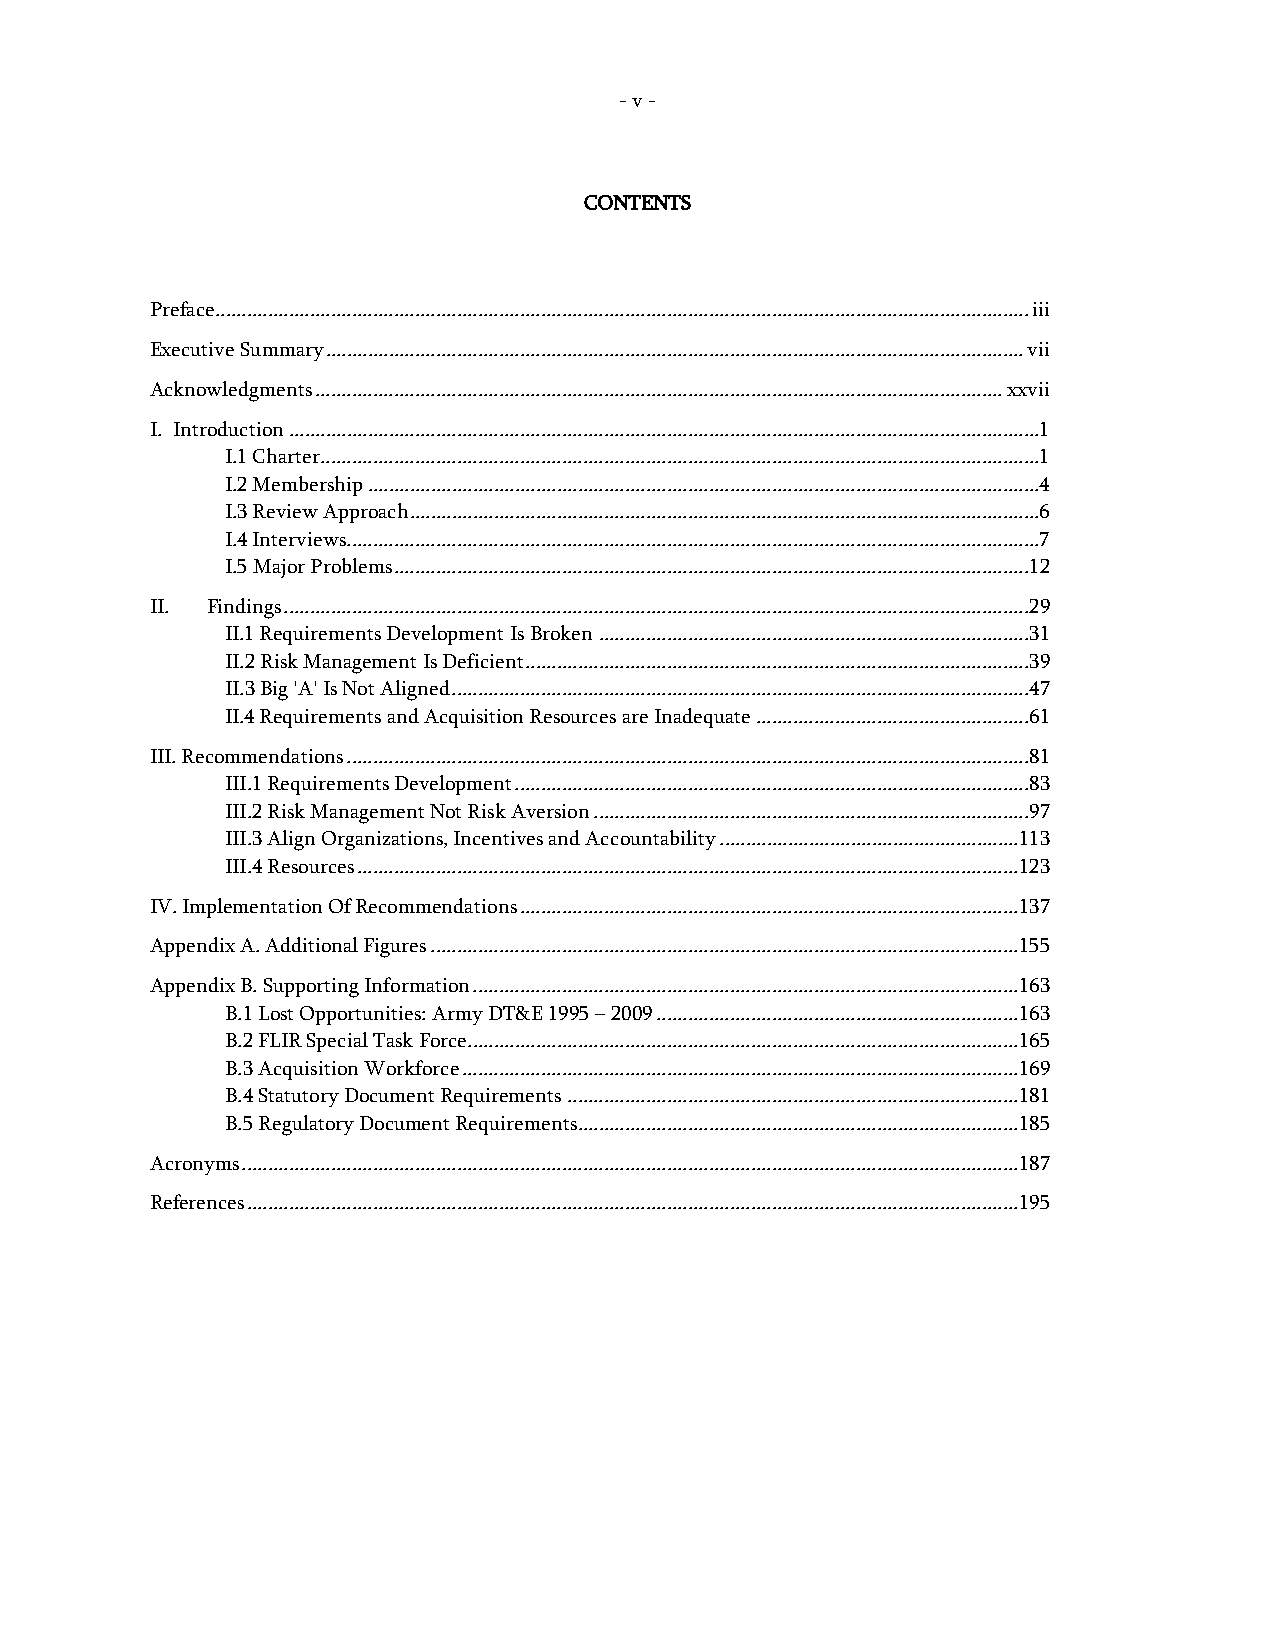
- v -
 CONTENTS
 Preface ........................................................................................................................................................... iii
 Executive Summary ..................................................................................................................................... vii
 Acknowledgments ................................................................................................................................... xxvii
 I. Introduction ...............................................................................................................................................1
 I.1 Charter.........................................................................................................................................1
 I.2 Membership ................................................................................................................................4
 I.3 Review Approach ........................................................................................................................6
 I.4 Interviews....................................................................................................................................7
 I.5 Major Problems ......................................................................................................................... 12
 II. Findings .............................................................................................................................................. 29
 II.1 Requirements Development Is Broken .................................................................................. 31
 II.2 Risk Management Is Deficient ................................................................................................ 39
 II.3 Big 'A' Is Not Aligned .............................................................................................................. 47
 II.4 Requirements and Acquisition Resources are Inadequate .................................................... 61
 III. Recommendations .................................................................................................................................. 81
 III.1 Requirements Development .................................................................................................. 83
 III.2 Risk Management Not Risk Aversion ................................................................................... 97
 III.3 Align Organizations, Incentives and Accountability ......................................................... 113
 III.4 Resources .............................................................................................................................. 123
 IV. Implementation Of Recommendations ............................................................................................... 137
 Appendix A. Additional Figures ................................................................................................................ 155
 Appendix B. Supporting Information ........................................................................................................ 163
 B.1 Lost Opportunities: Army DT&E 1995 – 2009 ..................................................................... 163
 B.2 FLIR Special Task Force......................................................................................................... 165
 B.3 Acquisition Workforce .......................................................................................................... 169
 B.4 Statutory Document Requirements ...................................................................................... 181
 B.5 Regulatory Document Requirements.................................................................................... 185
 Acronyms .................................................................................................................................................... 187
 References ................................................................................................................................................... 195